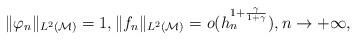
LaTeX: \begin{align*} \| \varphi_n \|_{L^2(\mathcal{M})} =1, \| f_n \|_{L^2(\mathcal{M})}= o( h_n^{1+ \frac \gamma {1+ \gamma}}), {n\rightarrow + \infty}, \end{align*}